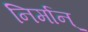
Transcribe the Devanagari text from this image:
निर्मान्